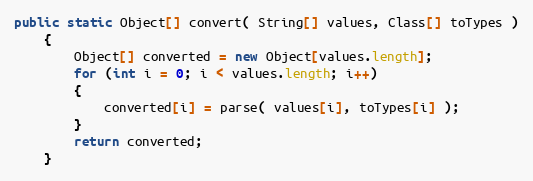
Language: Java
public static Object[] convert( String[] values, Class[] toTypes )
    {
        Object[] converted = new Object[values.length];
        for (int i = 0; i < values.length; i++)
        {
            converted[i] = parse( values[i], toTypes[i] );
        }
        return converted;
    }